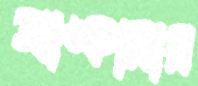
আঙ্কারার